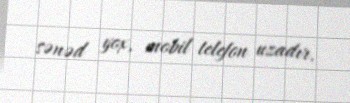
sənəd yox, mobil telefon uzadır.